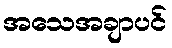
အသေအချာပင်